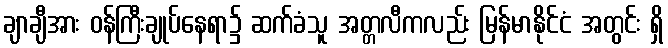
ချာချီအား ဝန်ကြီးချုပ်နေရာ၌ ဆက်ခံသူ အတ္တလီကလည်း မြန်မာနိုင်ငံ အတွင်း ရှိ